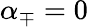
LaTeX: {\alpha_{\mp}=0}